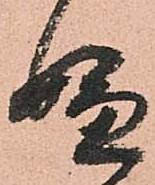
嫌